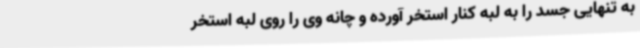
به تنهایی جسد را به لبه کنار استخر آورده و چانه وی را روی لبه استخر